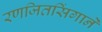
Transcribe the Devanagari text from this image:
रणजितसिंगाने